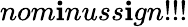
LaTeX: nom\mathbf{i}nuss\mathbf{i}gn!!!